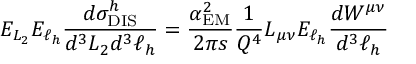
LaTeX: E _ { L _ { 2 } } E _ { \ell _ { h } } \frac { d \sigma _ { \mathrm { D I S } } ^ { h } } { d ^ { 3 } L _ { 2 } d ^ { 3 } \ell _ { h } } = \frac { \alpha _ { \mathrm { E M } } ^ { 2 } } { 2 \pi s } \frac { 1 } { Q ^ { 4 } } L _ { \mu \nu } E _ { \ell _ { h } } \frac { d W ^ { \mu \nu } } { d ^ { 3 } \ell _ { h } }